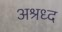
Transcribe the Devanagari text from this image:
अश्रध्द